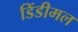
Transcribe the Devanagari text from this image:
डिंडीमल